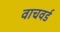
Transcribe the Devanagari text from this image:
वाचवर्ड